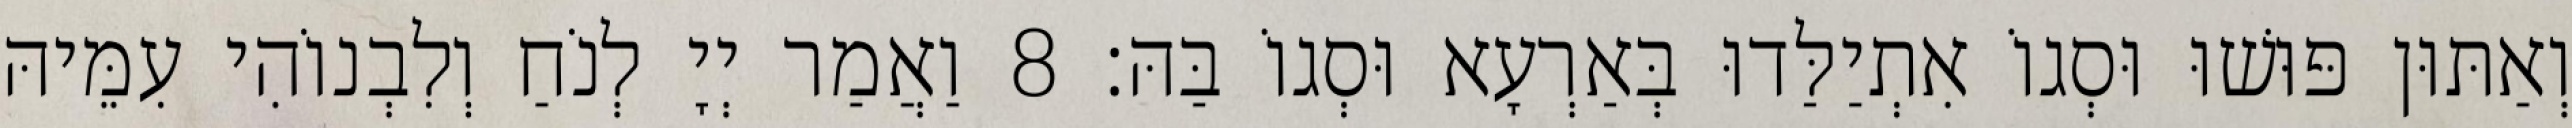
וְאַתּוּן פּוּשׁוּ וּסְגוֹ אִתְיַלַּדוּ בְּאַרְעָא וּסְגוֹ בַּהּ׃ 8 וַאֲמַר יְיָ לְנֹחַ וְלִבְנוֹהִי עִמֵּיהּ